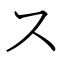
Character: ス